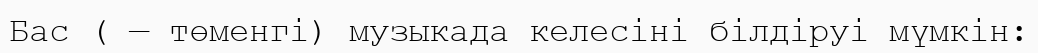
Бас ( — төменгі) музыкада келесіні білдіруі мүмкін: